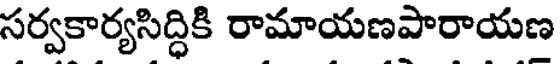
సర్వకార్యసిద్ధికి రామాయణపారాయణ